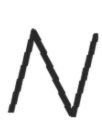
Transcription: N